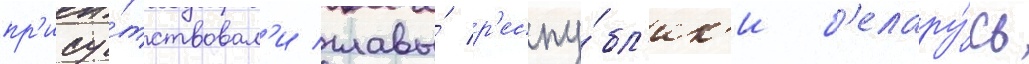
пр'ису́тствовал'и главы́ р'еспу́бл'ик'и б'елару́сь